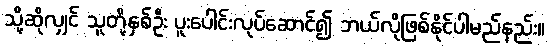
သို့ဆိုလျှင် သူတို့နှစ်ဦး ပူးပေါင်းလုပ်ဆောင်၍ ဘယ်လိုဖြစ်နိုင်ပါမည်နည်း။